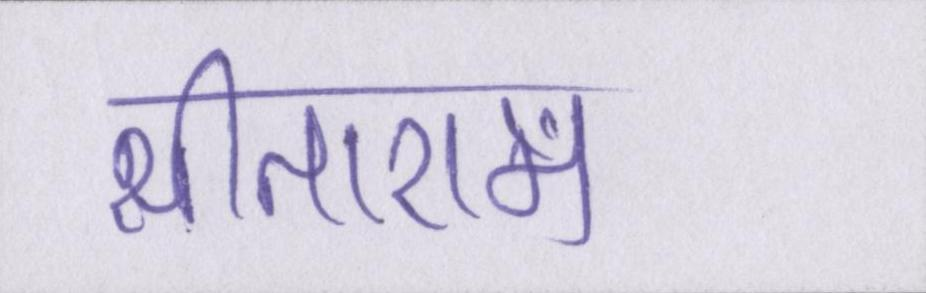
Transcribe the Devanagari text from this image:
सीताराम